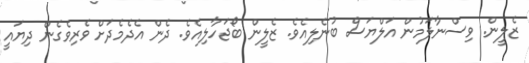
ޒެލީން. ވިސްނާލަމުން އަލްޔަސް ބުނެލިއެވެ. ޒެލީން ބޯޖަހާލިއެވެ. ދެން އެދެމެދަށް ވެރިވެގެން ދިޔައީ